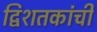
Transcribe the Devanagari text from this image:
द्विशतकांची